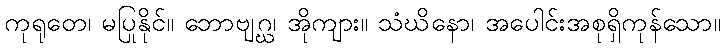
ကုရုတေ၊ မပြုနိုင်။ ဘောဗျဂ္ဃ၊ အိုကျား။ သံဃိနော၊ အပေါင်းအစုရှိကုန်သော။